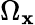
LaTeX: \Omega_{\mathbf{x}}